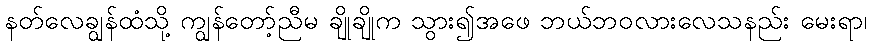
နတ်လေချွန်ထံသို့ ကျွန်တော့်ညီမ ချိုချိုက သွား၍အဖေ ဘယ်ဘဝလားလေသနည်း မေးရာ၊